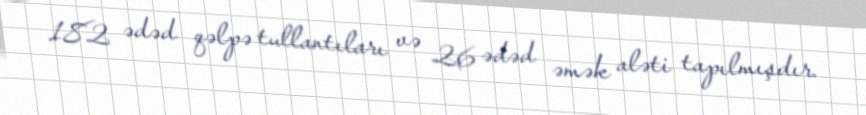
182 ədəd qəlpə tullantıları və 26 ədəd əmək aləti tapılmışdır.